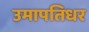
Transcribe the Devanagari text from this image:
उमापतिधर